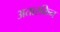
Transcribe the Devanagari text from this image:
अतारकिन